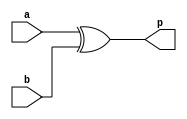
// Copyright {2011} {Jucemar Monteiro - jucemar.monteiro@gmail.com}
//
// Licensed under the Apache License, Version 2.0 (the "License");
// you may not use this file except in compliance with the License.
// You may obtain a copy of the License at

// http://www.apache.org/licenses/LICENSE-2.0

// Unless required by applicable law or agreed to in writing, software
// distributed under the License is distributed on an "AS IS" BASIS,
// WITHOUT WARRANTIES OR CONDITIONS OF ANY KIND, either express or implied.
// See the License for the specific language governing permissions and
// limitations under the License.
//
//-----------------------------------------------------
// Design Name : prop_unit
// Function    : Detecting Carry Propagate from Operators
// Coder       : Jucemar Monteiro
//-----------------------------------------------------

module prop_unit (a,b,p);
	input   a;
	input   b;
	output   p;
	assign p = a ^ b; 
endmodule